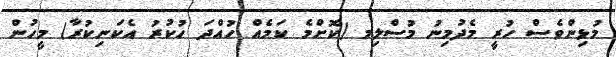
މުޅިންވެސް ހުރީ މެދުމިނު މުސްލިމ (ކޮށްމެ ކަމެއް ހުއްދަ ހުކުރު އެކަނިކުރާ) މީހުން